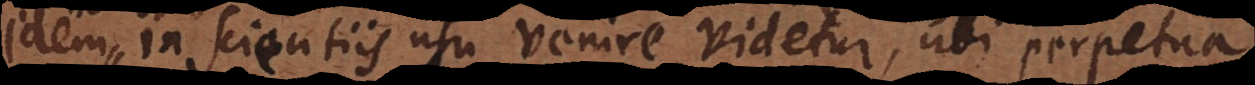
Idem in scientiis usu venire videtur, ubi perpetua